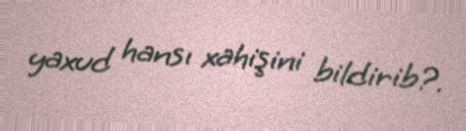
yaxud hansı xahişini bildirib?.